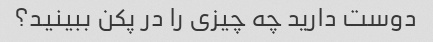
دوست دارید چه چیزی را در پکن ببینید؟